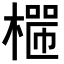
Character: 𣙐